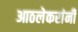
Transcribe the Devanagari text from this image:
आठलेकरांनी